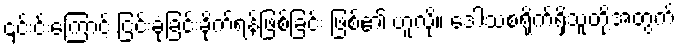
၎င်းင်းကြောင့် ငြင်းခုံခြင်းခိုက်ရန်ဖြစ်ခြင်း ဖြစ်၏ ဟူလို။ ဒေါသစရိုက်ရှိသူတို့အတွက်